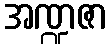
အဏ္ဍဇာ